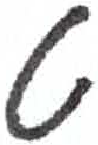
אות: ט